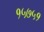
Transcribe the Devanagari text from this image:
१५७५१